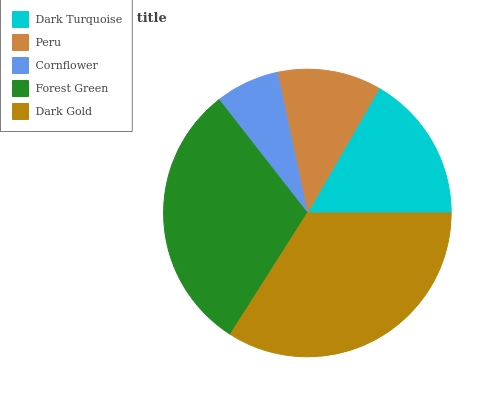
| Dark Turquoise | Peru | Cornflower | Forest Green | Dark Gold |
 | --- | --- | --- | --- | --- |
 | 16.7% | 11.7% | 7.19% | 30.4% | 34% |